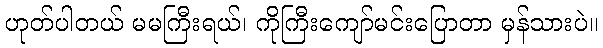
ဟုတ်ပါတယ် မမကြီးရယ်၊ ကိုကြီးကျော်မင်းပြောတာ မှန်သားပဲ။